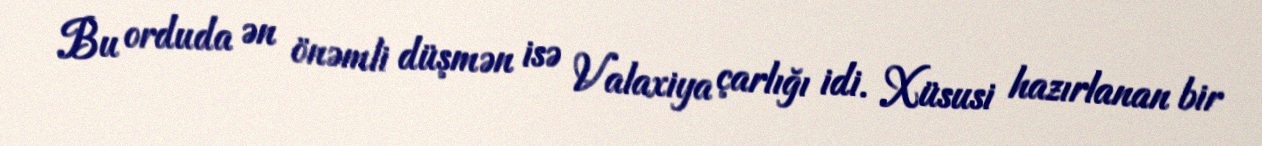
Bu orduda ən önəmli düşmən isə Valaxiya çarlığı idi. Xüsusi hazırlanan bir